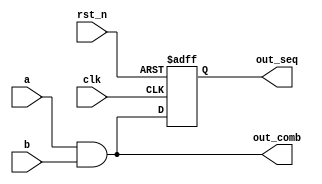
module combinational_sequential_example (
    input wire clk,           // Clock input
    input wire rst_n,        // Active-low reset
    input wire a,            // Input signal a
    input wire b,            // Input signal b
    output reg out_comb,     // Output for combinational logic
    output reg out_seq       // Output for sequential logic
);

// Combinational Logic Block
always @* begin
    // Output out_comb is the logical AND of input signals a and b
    out_comb = a & b;
end

// Sequential Logic Block
always @(posedge clk or negedge rst_n) begin
    if (!rst_n) begin
        // Asynchronous reset
        out_seq <= 1'b0;
    end else begin
        // Update out_seq on the rising edge of clk
        out_seq <= out_comb; // Store the combinational output
    end
end

endmodule